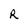
Character: R